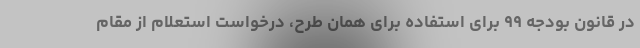
در قانون بودجه ۹۹ برای استفاده برای همان طرح، درخواست استعلام از مقام